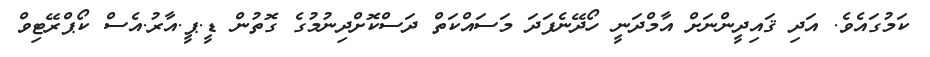
ކަމުގައެވެ. އަދި ޤައިދީންނަށް އާމްދަނީ ހޯދޭނެފަދަ މަސައްކަތް ދަސްކޮށްދިނުމުގެ ގޮތުން ޑީ.ޕީ.އާރު.އެސް ކޯޕްރޭޓިވް